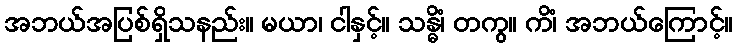
အဘယ်အပြစ်ရှိသနည်း။ မယာ၊ ငါနှင့်။ သန္ဓိံ၊ တကွ။ ကိံ၊ အဘယ်ကြောင့်။